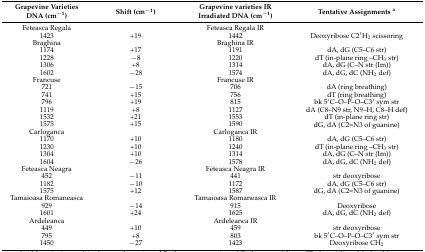
<table><thead><tr><td><b>Grapevine Varieties DNA (cm<sup>−1</sup>)</b></td><td><b>Shift (cm<sup>−1</sup>)</b></td><td><b>Grapevine varieties IR Irradiated DNA (cm<sup>−1</sup>)</b></td><td><b>Tentative Assignments <sup>a</sup></b></td></tr></thead><tbody><tr><td>Feteasca Regala</td><td></td><td>Feteasca Regala IR</td><td></td></tr><tr><td>1423</td><td>+19</td><td>1442</td><td>Deoxyribose C2′H<sub>2</sub> scissoring</td></tr><tr><td>Braghina</td><td></td><td>Braghina IR</td><td></td></tr><tr><td>1174</td><td>+17</td><td>1191</td><td>dA, dG (C5–C6 str)</td></tr><tr><td>1228</td><td>−8</td><td>1220</td><td>dT (in-plane ring –CH<sub>3</sub> str)</td></tr><tr><td>1306</td><td>+8</td><td>1314</td><td>dA, dG (C–N str (Im))</td></tr><tr><td>1602</td><td>−28</td><td>1574</td><td>dA, dG, dC (NH<sub>2</sub> def)</td></tr><tr><td>Francuse</td><td></td><td>Francuse IR</td><td></td></tr><tr><td>721</td><td>−15</td><td>706</td><td>dA (ring breathing)</td></tr><tr><td>741</td><td>+15</td><td>756</td><td>dT (ring breathing)</td></tr><tr><td>796</td><td>+19</td><td>815</td><td>bk 5′C–O–P–O–C3′ sym str</td></tr><tr><td>1119</td><td>+8</td><td>1127</td><td>dA (C8–N9 str, N9–H, C8–H def)</td></tr><tr><td>1532</td><td>+21</td><td>1553</td><td>dT (in-plane ring str)</td></tr><tr><td>1575</td><td>+15</td><td>1590</td><td>dG, dA (C2=N3 of guanine)</td></tr><tr><td>Carloganca</td><td></td><td>Carloganca IR</td><td></td></tr><tr><td>1170</td><td>+10</td><td>1180</td><td>dA, dG (C5–C6 str)</td></tr><tr><td>1230</td><td>+10</td><td>1240</td><td>dT (in-plane ring –CH<sub>3</sub> str)</td></tr><tr><td>1304</td><td>+10</td><td>1314</td><td>dA, dG (C–N str (Im))</td></tr><tr><td>1604</td><td>−26</td><td>1578</td><td>dA, dG, dC (NH<sub>2</sub> def)</td></tr><tr><td>Feteasca Neagra</td><td></td><td>Feteasca Neagra IR</td><td></td></tr><tr><td>452</td><td>−11</td><td>441</td><td>str deoxyribose</td></tr><tr><td>1182</td><td>−10</td><td>1172</td><td>dA, dG (C5–C6 str)</td></tr><tr><td>1575</td><td>+12</td><td>1587</td><td>dG, dA (C2=N3 of guanine)</td></tr><tr><td>Tamaioasa Romaneasca</td><td></td><td>Tamaioasa Romaneasca IR</td><td></td></tr><tr><td>929</td><td>−14</td><td>915</td><td>Deoxyribose</td></tr><tr><td>1601</td><td>+24</td><td>1625</td><td>dA, dG, dC (NH<sub>2</sub> def)</td></tr><tr><td>Ardeleanca</td><td></td><td>Ardeleanca IR</td><td></td></tr><tr><td>449</td><td>+10</td><td>459</td><td>str deoxyribose</td></tr><tr><td>795</td><td>+8</td><td>803</td><td>bk 5′C–O–P–O–C3′ sym str</td></tr><tr><td>1450</td><td>−27</td><td>1423</td><td>Deoxyribose CH<sub>2</sub></td></tr></tbody></table>